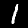
Digit: 1